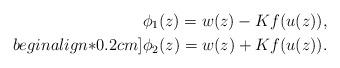
LaTeX: \begin{align*} \phi_1(z)=w(z)-Kf(u(z)),\\begin{align*}0.2cm] \phi_2(z)=w(z)+Kf(u(z)).\end{align*}